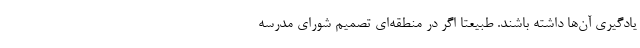
یادگیری آن‌ها داشته باشند. طبیعتا اگر در منطقه‌ای تصمیم شورای مدرسه